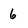
Character: 6